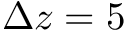
\Delta z = 5